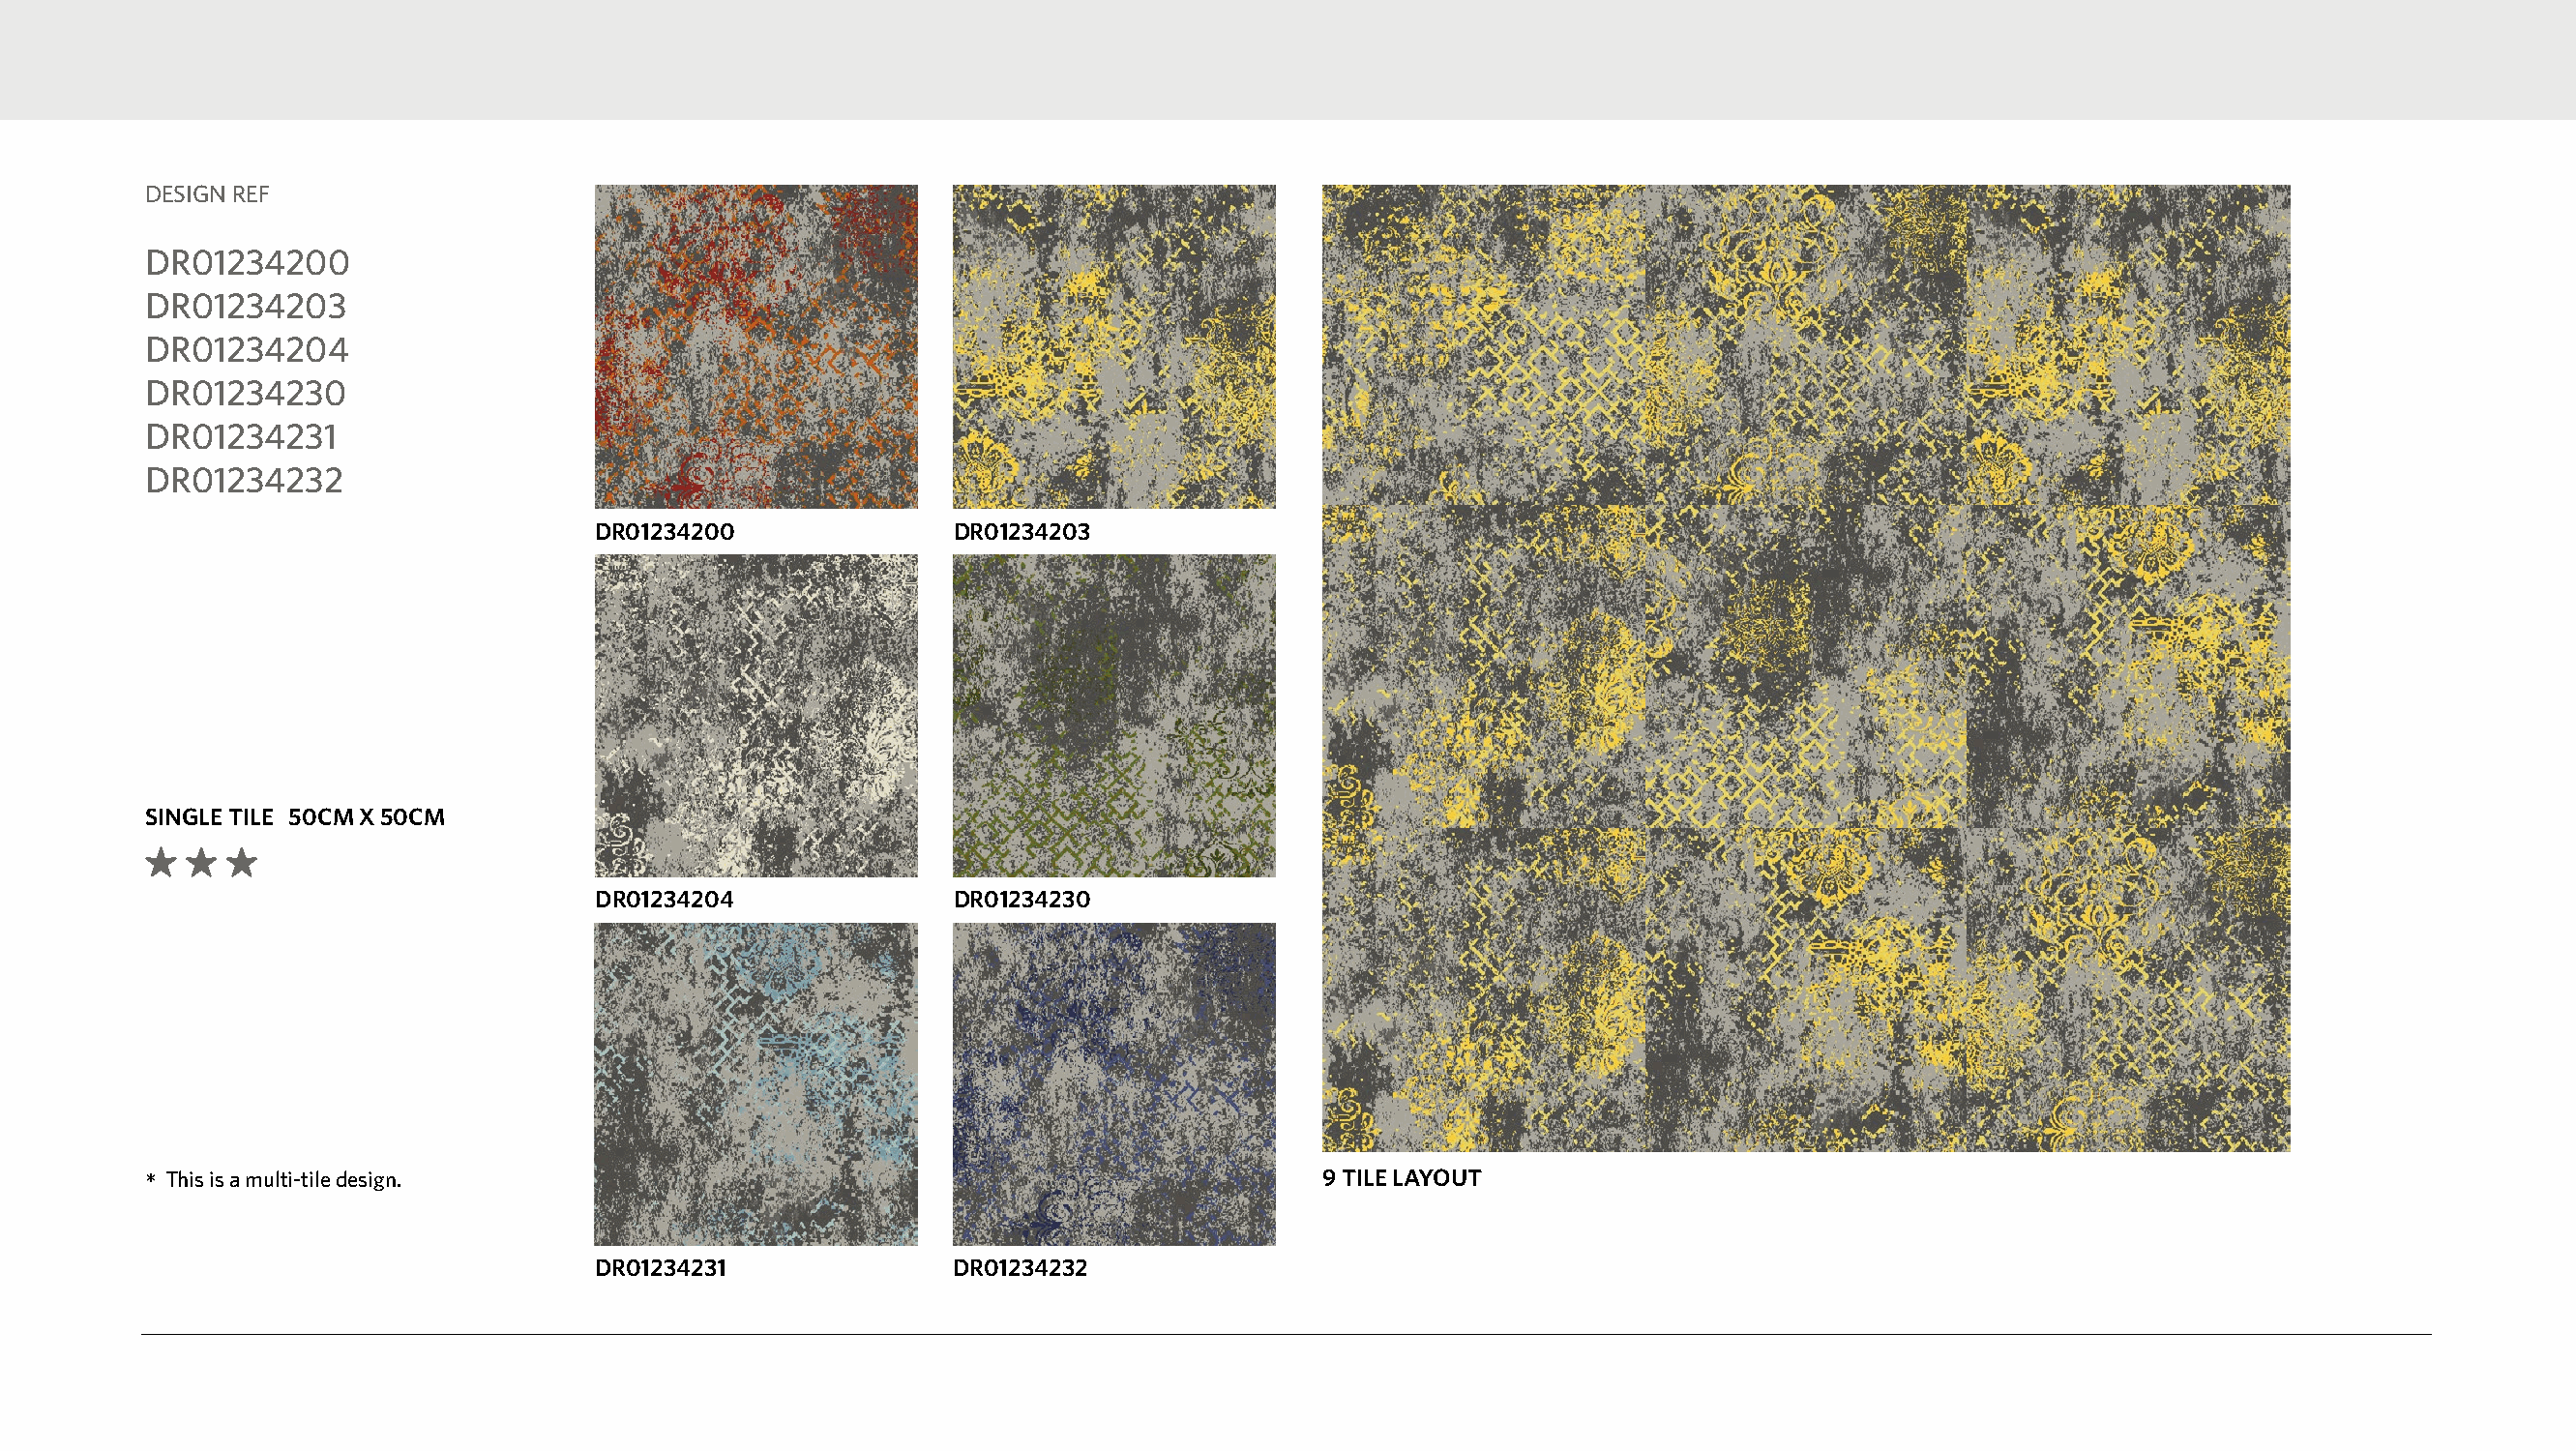
DESIGN REF
 DR01234200
 DR01234203
 DR01234204
 DR01234230
 DR01234231
 DR01234232
 DR01234200              DR01234203
 SINGLE TILE 50CM X 50CM
 DR01234204              DR01234230
 *This is a multi-tile design.                                                    9 TILE LAYOUT
 DR01234231              DR01234232